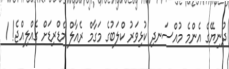
ދުނިޔޭގެ އެންމެ މުއްސަނދި ކުޅިވަރު ކްލަބުގެ މަގާމް ރެއާލް މެޑްރިޑަށް ގެއްލިއްޖެ! 1